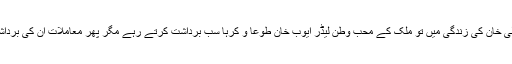
قائداعظم اور لیاقت علی خان کی زندگی میں تو ملک کے محب وطن لیڈر ایوب خان طوعاً و کرہاً سب برداشت کرتے رہے مگر پھر معاملات ان کی برداشت سے باہر ہو گئے۔